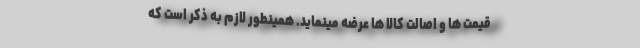
قیمت ها و اصالت کالا ها عرضه مینماید. همینطور لازم به ذکر است که